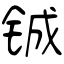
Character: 铖